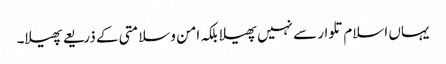
یہاں اسلام تلوار سے نہیں پھیلا بلکہ امن وسلامتی کے ذریعے پھیلا۔